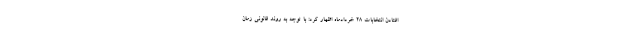
افتادن انتخابات ۲۸ خردادماه اظهار کرد: با توجه به روند قانونی زمان